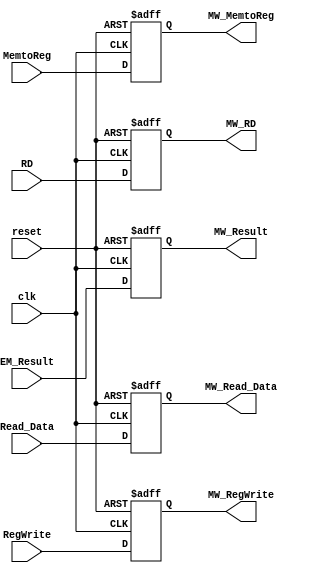
`timescale 1ns / 1ps
//////////////////////////////////////////////////////////////////////////////////
// Company: 
// Engineer: 
// 
// Design Name: 
// Module Name: MEM_WRB
// Project Name: 
// Target Devices: 
// Tool Versions: 
// Description: 
// 
// Dependencies: 
// 
// Revision:
// Revision 0.01 - File Created
// Additional Comments:
// 
//////////////////////////////////////////////////////////////////////////////////


module MEM_WRB(
    input clk, reset,
    input MemtoReg, RegWrite,
    input [4:0] RD,
    input [63:0] EM_Result, Read_Data,
    output reg MW_MemtoReg, MW_RegWrite,
    output reg [4:0] MW_RD, 
    output reg [63:0] MW_Result, MW_Read_Data
    );
always @(posedge clk or posedge reset) begin
    if (reset == 1'b1) begin
        MW_MemtoReg = 0; MW_RegWrite = 0; MW_RD = 0;
        MW_Result = 0; MW_Read_Data = 0;
    end
    else begin
        MW_MemtoReg = MemtoReg; MW_RegWrite = RegWrite; MW_RD = RD;
        MW_Result = EM_Result; MW_Read_Data = Read_Data;
    end 
end
endmodule